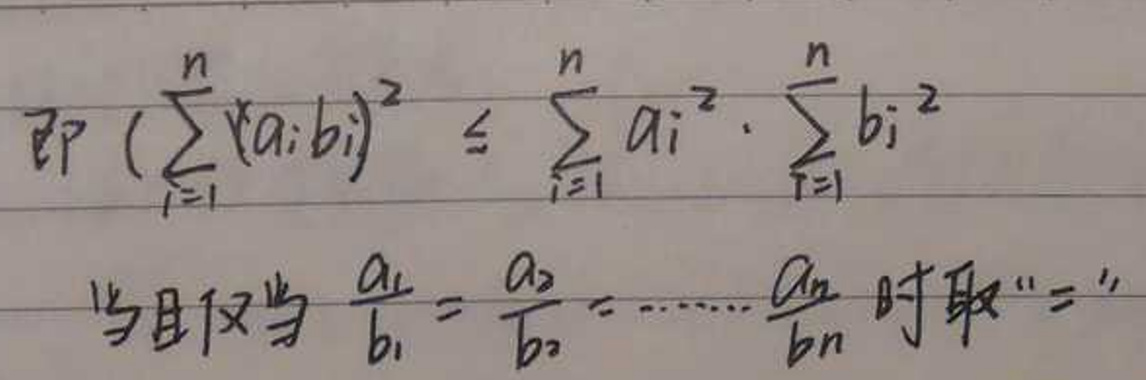
即$  \left(\sum_{i = 1}^{n} a_{i}b_{i}\right)^{2} \leq \sum_{i = 1}^{n} a_{i}^{2} \cdot \sum_{i = 1}^{n} b_{i}^{2}$\\
当且仅当$  \frac{a_{1}}{b_{1}}=\frac{a_{2}}{b_{2}}=\cdots=\frac{a_{n}}{b_{n}}  $时取$“=$